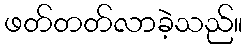
ဖတ်တတ်လာခဲ့သည်။